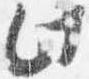
此